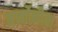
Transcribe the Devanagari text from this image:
मार्कोनीचा